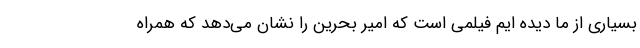
بسیاری از ما دیده ایم فیلمی است که امیر بحرین را نشان می‌دهد که همراه